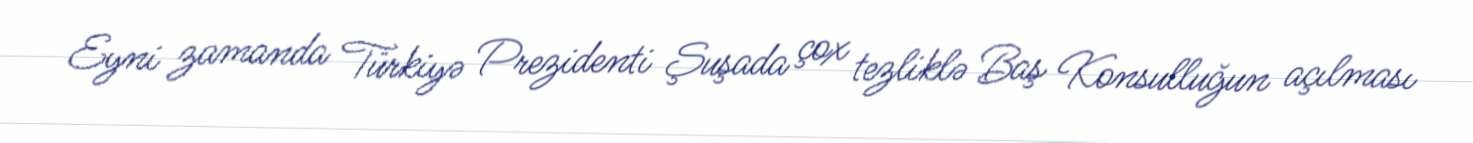
Eyni zamanda Türkiyə Prezidenti Şuşada çox tezliklə Baş Konsulluğun açılması